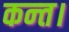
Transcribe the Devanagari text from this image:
कन्‍त।